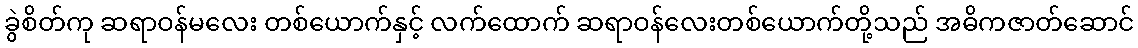
ခွဲစိတ်ကု ဆရာဝန်မလေး တစ်ယောက်နှင့် လက်ထောက် ဆရာဝန်လေးတစ်ယောက်တို့သည် အဓိကဇာတ်ဆောင်